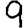
Digit: 9